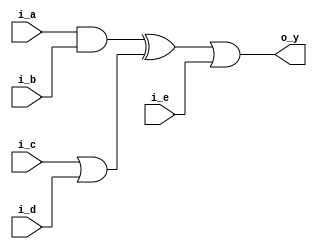
//*******************************FILE HEAD**************************************
//*********************Verilog HDL *********************
// FUNCTION        : 
// AUTHOR          : 
// DATE & REVISION : 
// COMPANY         : Verilog HDL 
// UPDATE          :
//******************************************************************************
`timescale 1ns/1ns

module gate_dataflow
    (
        input i_a, //5
        input i_b,
        input i_c,
        input i_d,
        input i_e,
        
        output o_y //
    );
    
    //
    wire w_and_o;
    wire w_or1_o;    
    wire w_xor_o;
    
    //12-1
    //
    
    assign w_and_o = i_a & i_b; //
    
    assign w_or1_o = i_c | i_d; //
    
    assign w_xor_o = w_and_o ^ w_or1_o; //
    
    assign o_y = w_xor_o | i_e; // 
   
    
endmodule

// END OF gate_dataflow.v FILE ***************************************************